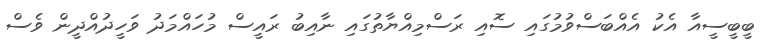
ބީބީސީއާ އެކު އެއްބަސްވުމުގައި ސޮއި ރަސްމިއްޔާތުގައި ނާއިބު ރައީސް މުހައްމަދު ވަހީދުއްދީން ވެސް